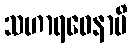
သဟာရဝေနာပိ